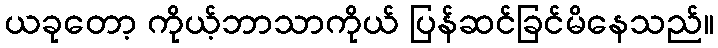
ယခုတော့ ကိုယ့်ဘာသာကိုယ် ပြန်ဆင်ခြင်မိနေသည်။